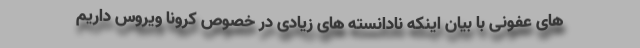
های عفونی با بیان اینکه نادانسته های زیادی در خصوص کرونا ویروس داریم